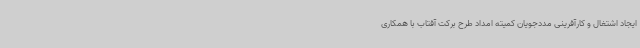
ایجاد اشتغال و کارآفرینی مددجویان کمیته امداد طرح برکت آفتاب با همکاری